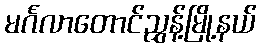
မင်္ဂလာတောင်ညွှန့်မြို့နယ်